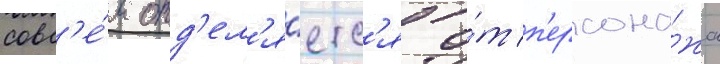
совс'е́м отд'ел'я́етс'я о́т п'ерсона́жа